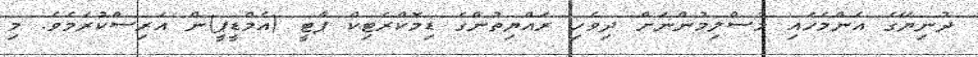
ދުނިޔޭގެ އެންމެހައި މުސްލިމުންނަށް ދިވެހި ރައްޔިތުންގެ ޑިމޮކްރެޓިކް ޕާޓީ (އެމްޑީޕީ)ން އަރިސްކުރަމެވެ. މި